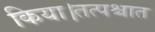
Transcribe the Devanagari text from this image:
किया।तत्पश्चात